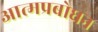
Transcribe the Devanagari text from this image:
आत्मप्रबोधन